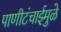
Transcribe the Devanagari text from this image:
पाणीटंचाईमुळे